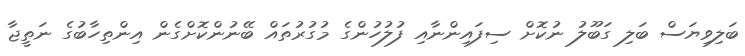
ބަލިވިޔަސް ބަލި ގަބޫލު ނުކޮށް ސިފައިންނާއި ފުލުހުންގެ މުގުރުތައް ބޭނުންކޮށްގެން އިންތިހާބުގެ ނަތީޖާ